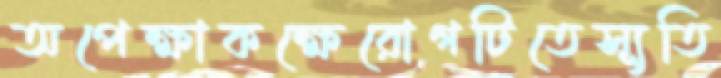
অপেক্ষাকক্ষেরোগটিতেস্যূতি